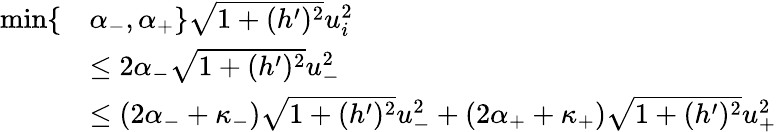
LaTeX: \begin{array}{rl}{\operatorname*{min}\lbrace}&{\alpha_{-},\alpha_{+}\rbrace\sqrt{1+(h^{\prime})^{2}}u_{i}^{2}}\\ &{\leq 2\alpha_{-}\sqrt{1+(h^{\prime})^{2}}u_{-}^{2}}\\ &{\leq(2\alpha_{-}+\kappa_{-})\sqrt{1+(h^{\prime})^{2}}u_{-}^{2}+(2\alpha_{+}+\kappa_{+})\sqrt{1+(h^{\prime})^{2}}u_{+}^{2}}\end{array}